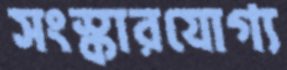
সংস্কারযোগ্য